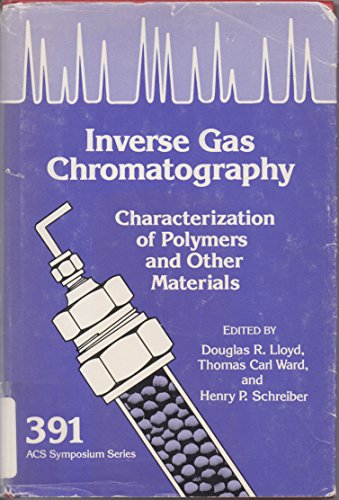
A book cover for Inverse Gas Chromatography Characterization of Polymers and Other Materials (Acs Symposium Series); D. R. Lloyd; Science & Math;